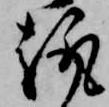
趣